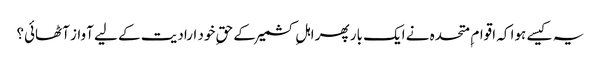
یہ کیسے ہوا کہ اقوام ِ متحدہ نے ایک بار پھر اہلِ کشمیرکے حقِ خود ارادیت کے لیے آواز آٹھائی؟